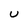
Character: U